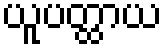
ယူပတ္ထာယ